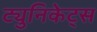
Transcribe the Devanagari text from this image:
ट्युनिकेट्स